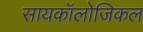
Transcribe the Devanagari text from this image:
सायकॉलोजिकल